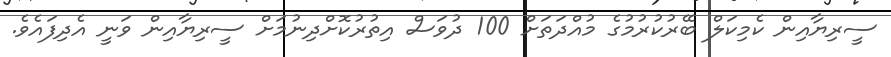
ސީރިޔާއިން ކެމިކަލް ބޭރުކުރުމުގެ މުއްދަތަށް 100 ދުވަސް އިތުރުކޮށްދިނުމަށް ސީރިޔާއިން ވަނީ އެދިފައެވެ.